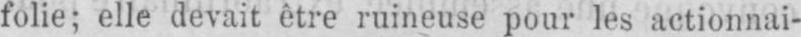
folie; elle devait être ruineuse pour les actionnai-